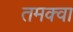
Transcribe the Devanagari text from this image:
तमक्वा